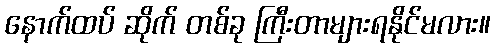
နောက်ထပ် ဆိုက် တစ်ခု ကြီးတာများရနိုင်မလား။